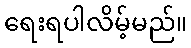
ရေးရပါလိမ့်မည်။